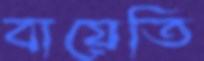
বায়েতি